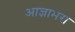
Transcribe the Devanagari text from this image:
आज्ञाभरा